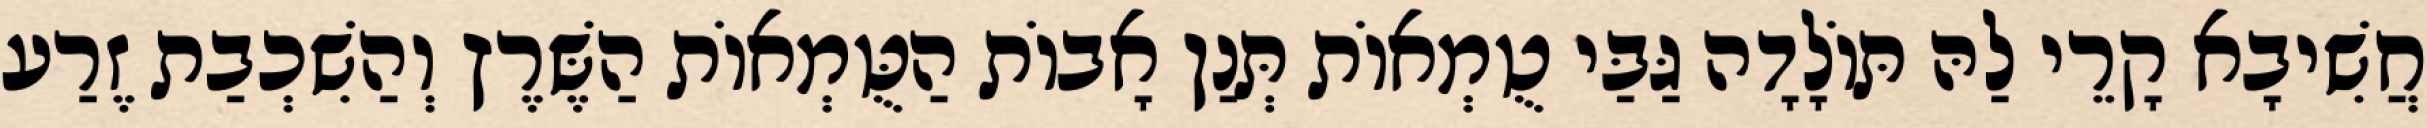
חֲשִׁיבָא קָרֵי לַהּ תּוֹלָדָה גַּבַּי טֻמְאוֹת תְּנַן אָבוֹת הַטֻּמְאוֹת הַשֶּׁרֶץ וְהַשִׁכְבַת זֶרַע